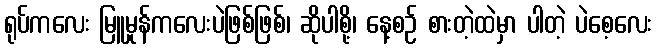
ရုပ်ကလေး မြူမှုန်ကလေးပဲဖြစ်ဖြစ်၊ ဆိုပါစို့၊ နေ့စဉ် စားတဲ့ထဲမှာ ပါတဲ့ ပဲစေ့လေး